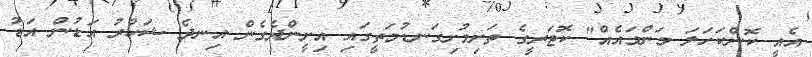
އެއީ ކޮންކަހަލަ މަންމައެއް" ކޮޓަރީގެ ތަށިމުށިގަނޑުމަތީގައި އިށީންދެގެން އިނދެ ޝަހުރު އަޑުން އަޑު